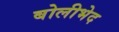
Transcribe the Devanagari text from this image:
बोलीभेद